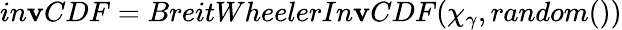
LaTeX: in\mathbf{v}CDF=BreitWheelerIn\mathbf{v}CDF(\chi_{\gamma},random())